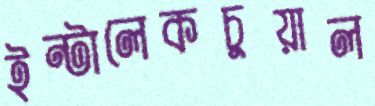
ইন্টালেকচুয়াল